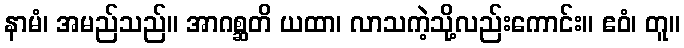
နာမံ၊ အမည်သည်။ အာဂစ္ဆတိ ယထာ၊ လာသကဲ့သို့လည်းကောင်း။ ဧဝံ၊ တူ။